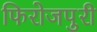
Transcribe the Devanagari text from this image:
फिरोजपुरी